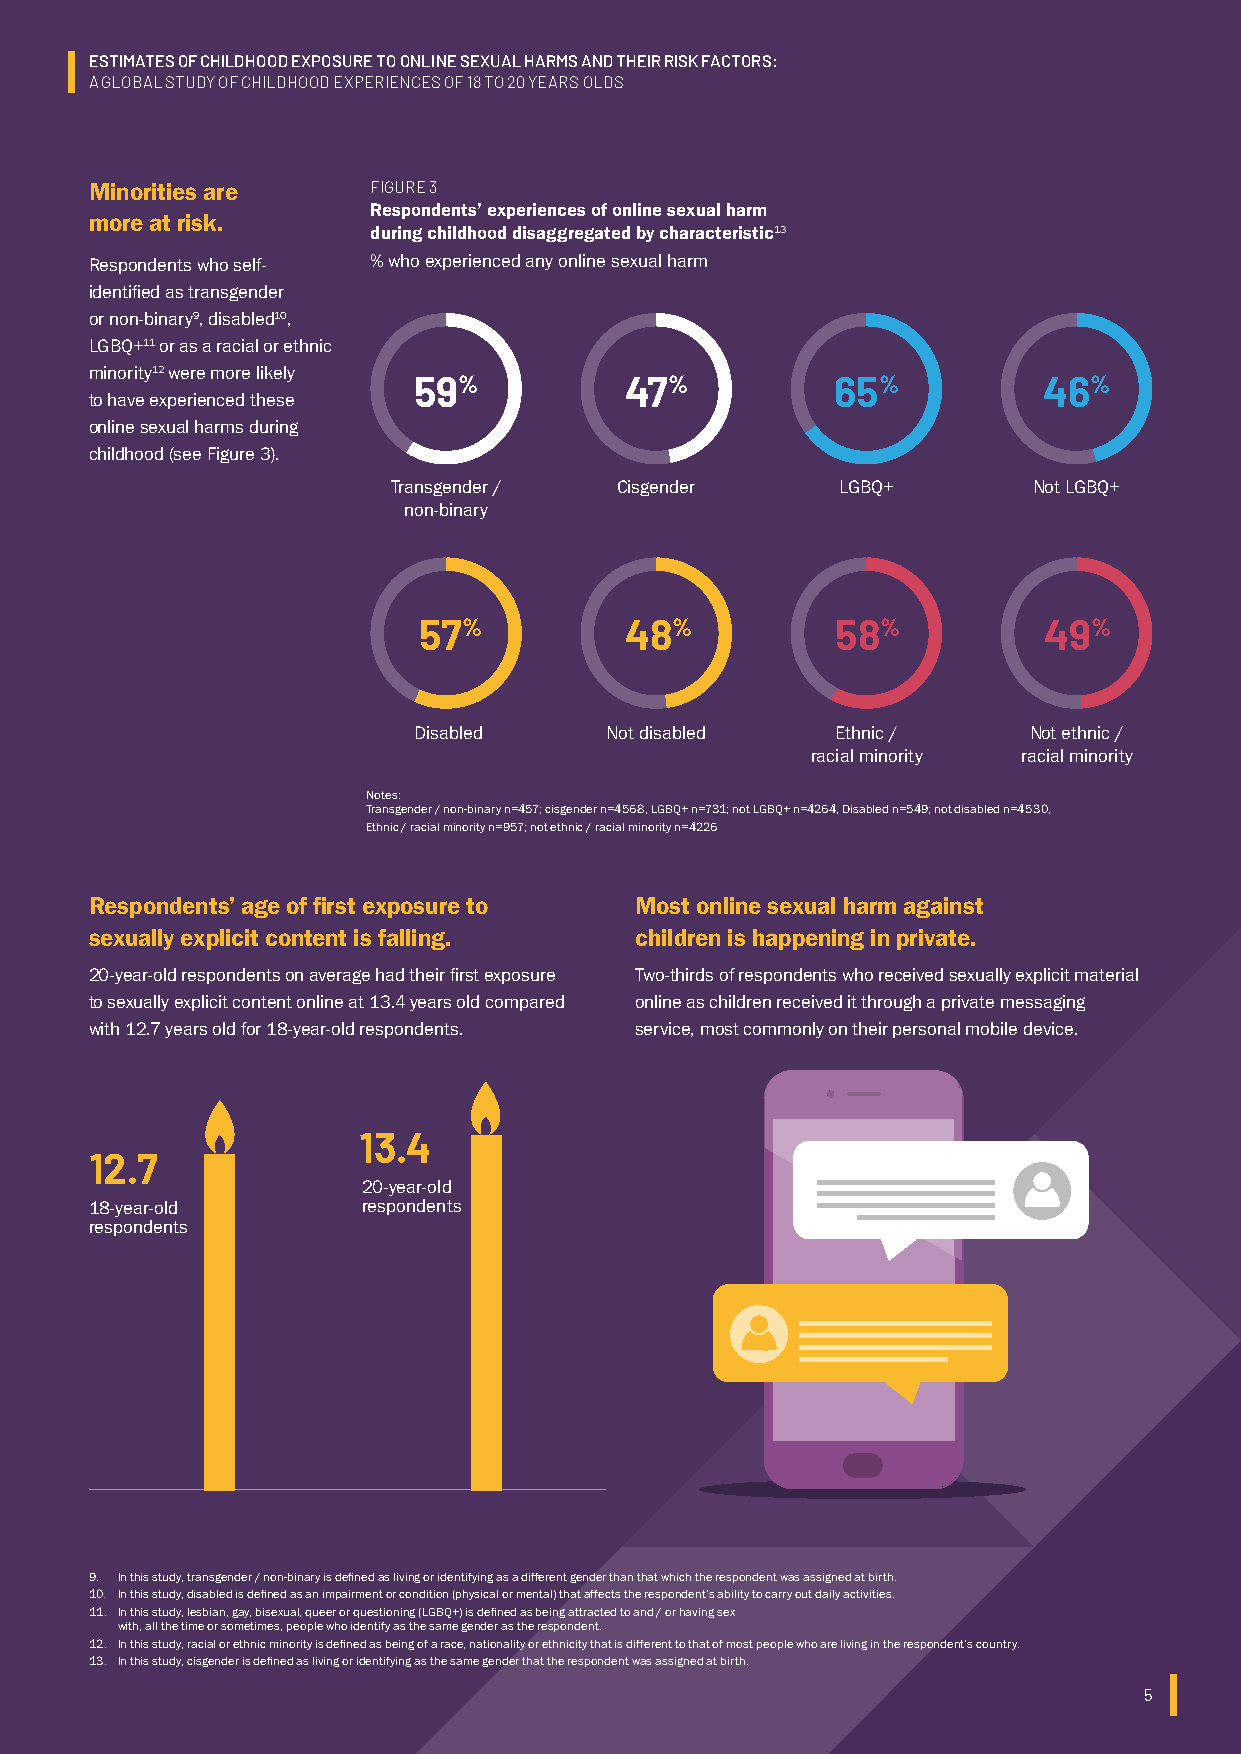
ESTIMATES OF CHILDHOOD EXPOSURE TO ONLINE SEXUAL HARMS AND THEIR RISK FACTORS:
 A GLOBAL STUDY OF CHILDHOOD EXPERIENCES OF 18 TO 20 YEARS OLDS
 Minorities are     FIGURE 3
 Respondents’ experiences of online sexual harm
 more at risk.
 during childhood disaggregated by characteristic13
 Respondents who self- % who experienced any online sexual harm
 identified as transgender
 or non-binary9, disabled10,
 LGBQ+11 or as a racial or ethnic
 minority12 were more likely
 59%           47%           65%           46%
 to have experienced these
 online sexual harms during
 childhood (see Figure 3).
 Transgender /  Cisgender      LGBQ+       Not LGBQ+
 non-binary
 57%          48%           58%           49%
 Disabled     Not disabled   Ethnic /     Not ethnic /
 racial minority racial minority
 Notes:
 Transgender / non-binary n=457; cisgender n=4568, LGBQ+ n=731; not LGBQ+ n=4264, Disabled n=549; not disabled n=4530,
 Ethnic / racial minority n=957; not ethnic / racial minority n=4226
 Respondents’ age of first exposure to Most online sexual harm against
 sexually explicit content is falling. children is happening in private.
 20-year-old respondents on average had their first exposure Two-thirds of respondents who received sexually explicit material
 to sexually explicit content online at 13.4 years old compared online as children received it through a private messaging
 with 12.7 years old for 18-year-old respondents. service, most commonly on their personal mobile device.
 13.4
 12.7
 20-year-old
 18-year-old       respondents
 respondents
 9. In this study, transgender / non-binary is defined as living or identifying as a different gender than that which the respondent was assigned at birth.
 10. In this study, disabled is defined as an impairment or condition (physical or mental) that affects the respondent’s ability to carry out daily activities.
 11. In this study, lesbian, gay, bisexual, queer or questioning (LGBQ+) is defined as being attracted to and / or having sex
 with, all the time or sometimes, people who identify as the same gender as the respondent.
 12. In this study, racial or ethnic minority is defined as being of a race, nationality or ethnicity that is different to that of most people who are living in the respondent’s country.
 13. In this study, cisgender is defined as living or identifying as the same gender that the respondent was assigned at birth.
 5